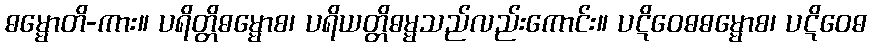
ဓမ္မောတိ-ကား။ ပရိတ္တိဓမ္မောစ၊ ပရိယတ္တိဓမ္မသည်လည်းကောင်း။ ပဋိဝေဓဓမ္မောစ၊ ပဋိဝေဓ